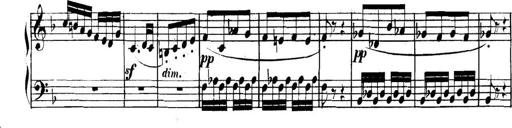
Title: Collected Piano Sonatas
Composer: Muzio Clementi